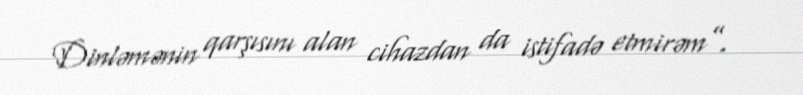
Dinləmənin qarşısını alan cihazdan da istifadə etmirəm”.